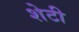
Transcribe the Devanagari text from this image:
शेटी